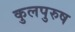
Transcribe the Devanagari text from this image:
कुलपुरुष